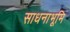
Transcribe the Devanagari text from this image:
साधनाभूमि